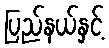
ပြည်နယ်နှင့်